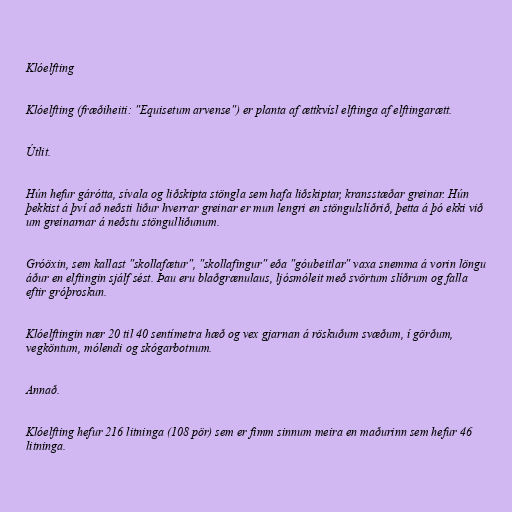
Klóelfting

Klóelfting (fræðiheiti: "Equisetum arvense") er planta af ættkvísl elftinga af elftingarætt.

Útlit.

Hún hefur gárótta, sívala og liðskipta stöngla sem hafa liðskiptar, kransstæðar greinar. Hún
þekkist á því að neðsti liður hverrar greinar er mun lengri en stöngulslíðrið, þetta á þó ekki við
um greinarnar á neðstu stöngulliðunum.

Gróöxin, sem kallast "skollafætur", "skollafingur" eða "góubeitlar" vaxa snemma á vorin löngu
áður en elftingin sjálf sést. Þau eru blaðgrænulaus, ljósmóleit með svörtum slíðrum og falla
eftir gróþroskun.

Klóelftingin nær 20 til 40 sentímetra hæð og vex gjarnan á röskuðum svæðum, í görðum,
vegköntum, mólendi og skógarbotnum.

Annað.

Klóelfting hefur 216 litninga (108 pör) sem er fimm sinnum meira en maðurinn sem hefur 46
litninga.